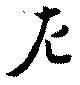
左